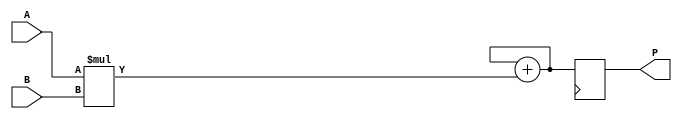
module Booth_Multiplier(
    input wire [31:0] A,
    input wire [31:0] B,
    output reg [63:0] P
);

reg [31:0] partial_product;
reg [63:0] partial_sum;

always @(*) begin
    partial_product = A * B;
    partial_sum = partial_sum + partial_product;
end

always @(posedge clk) begin
    P <= partial_sum;
end

endmodule